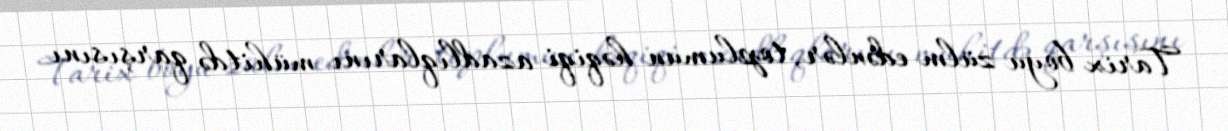
Tarix boyu zülm edənlər, toplumun həqiqi azadlıqlarını mühitdə qarşısını